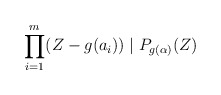
\begin{align*}\prod_{i=1}^{m}(Z-g(a_i))\mid P_{g(\alpha)}(Z)\end{align*}